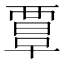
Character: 𧟹